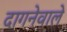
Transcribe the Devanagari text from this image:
दागनेवाले